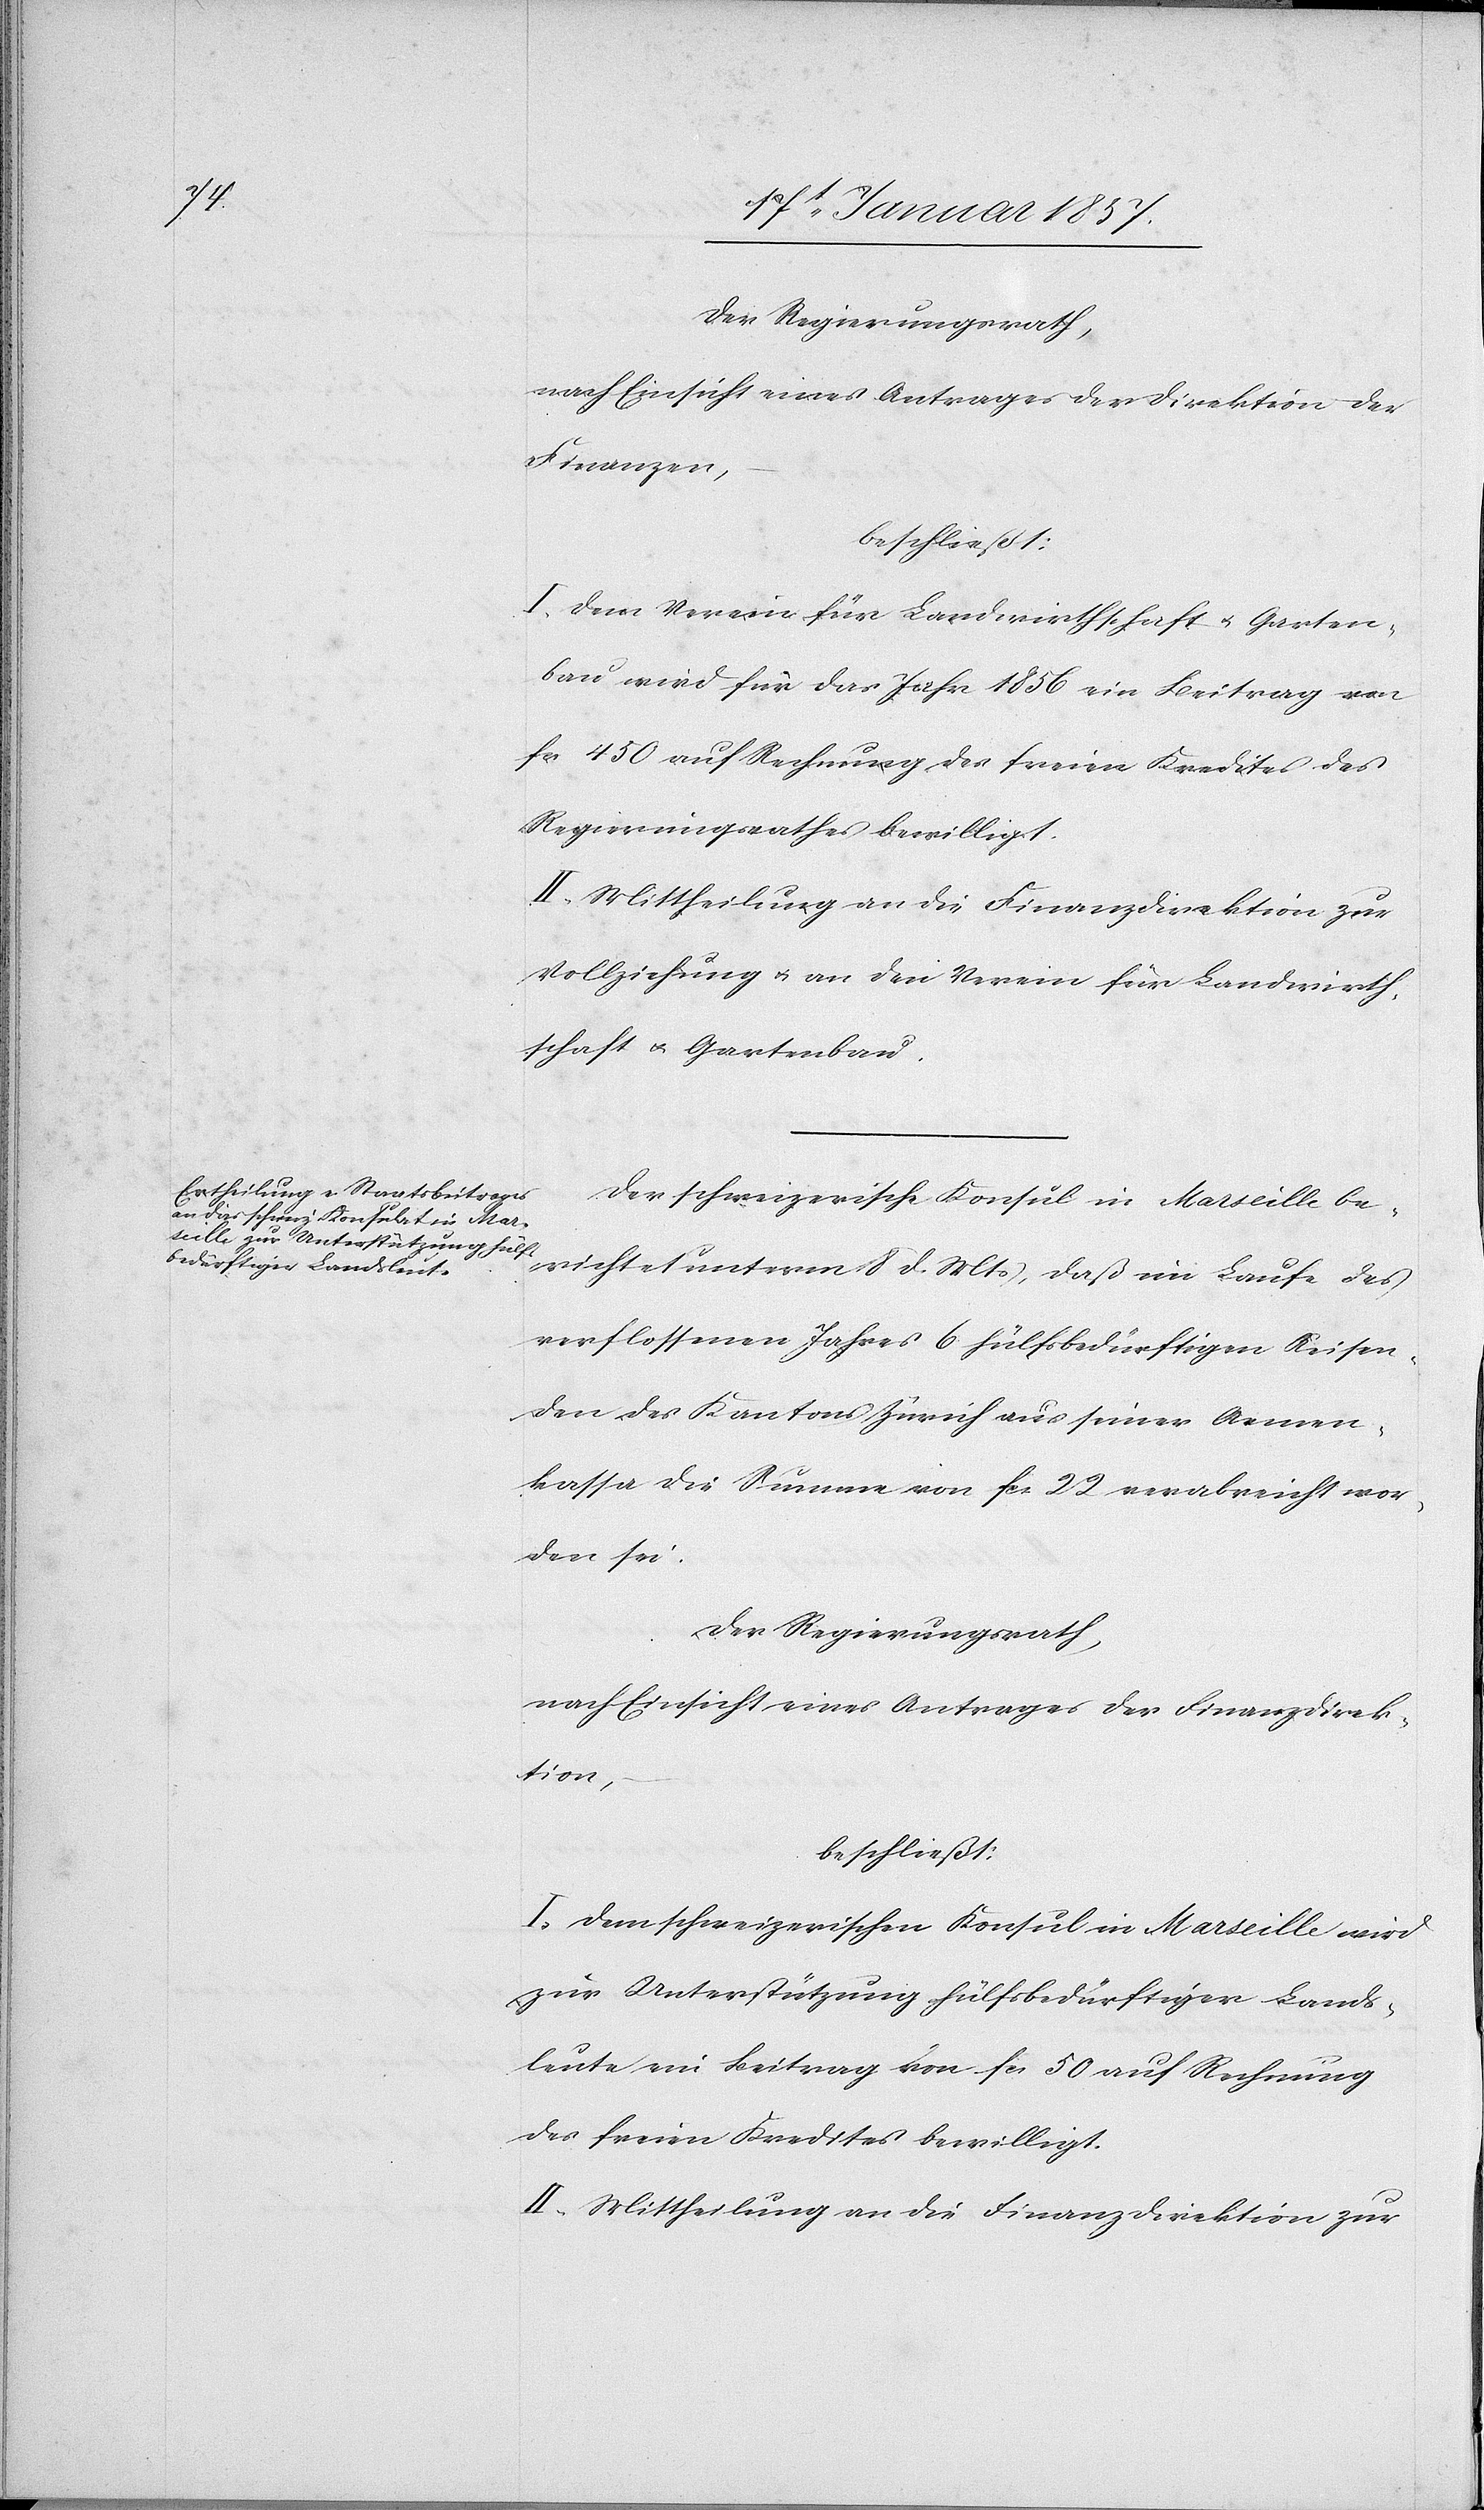
Der Regierungsrath,
nach Einsicht eines Antrages der Direktion der
Finanzen,
beschließt:
I. Dem Vereine für Landwirthschaft u. Garten¬
bau wird für das Jahr 1856 ein Beitrag von
fcs 450 auf Rechnung des freien Kredites des
Regierungsrathes bewilligt.
II. Mittheilung an die Finanzdirektion zur
Vollziehung & an den Verein für Landwirth¬
schaft & Gartenbau.
Der schweizerische Konsul in Marseille be¬
richtet unterm 8 d. Mts, daß im Laufe des
verflossenen Jahres 6 hülfsbedürftigen Reisen¬
den des Kantons Zürich aus seiner Armen¬
kassa die Summe von fcs 22 verabreicht wor¬
den sei.
Der Regierungsrath,
nach Einsicht eines Antrages der Finanzdirek¬
tion,
beschließt:
I. Dem schweizerischen Konsul in Marseille wird
zur Unterstützung hülfsbedürftiger Lands¬
leute ein Beitrag von fcs 50 auf Rechnung
des freien Kredites bewilligt.
II. Mittheilung an die Finanzdirektion zur